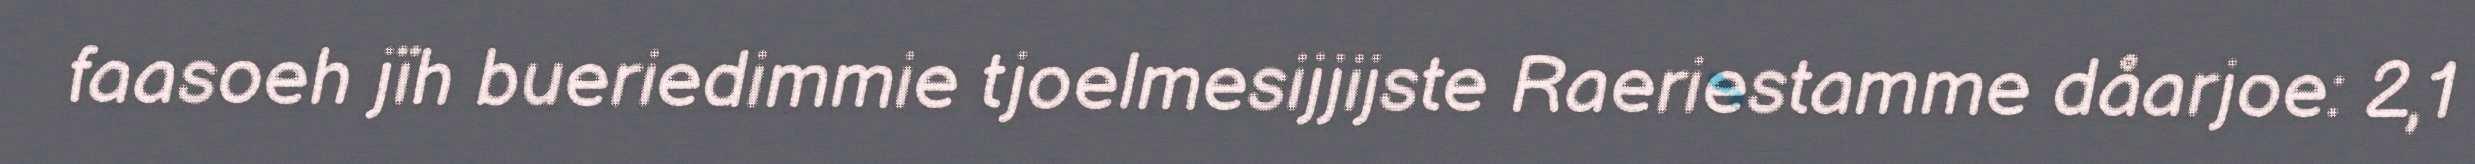
faasoeh jïh bueriedimmie tjoelmesijjijste Raeriestamme dåarjoe: 2,1